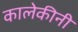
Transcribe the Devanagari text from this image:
कालेकीनी